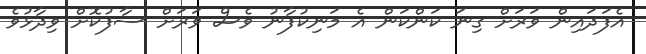
އެފަދައިން ވަރަށް ގިނަ ކަންކަން އެ މަނިކުފާނު ވެސް ވަރަށް ސާފުކޮށް ވިދާޅުވެ